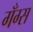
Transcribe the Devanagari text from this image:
गँग्स